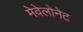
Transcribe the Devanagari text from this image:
मेवेलोनेट